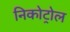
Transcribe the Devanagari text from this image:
निकोट्रोल